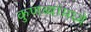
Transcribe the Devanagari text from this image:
कुणब्यांमध्ये